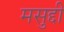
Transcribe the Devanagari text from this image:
मसुद्दी